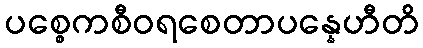
ပစ္စေကစီဝရစေတာပန္နေဟီတိ